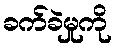
ခက်ခဲမှုကို